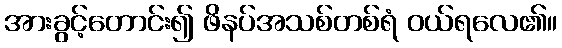
အားခွင့်တောင်း၍ ဖိနပ်အသစ်တစ်ရံ ဝယ်ရလေ၏။